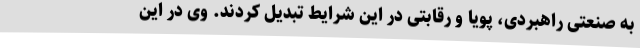
به صنعتی راهبردی، پویا و رقابتی در این شرایط تبدیل کردند. وی در این